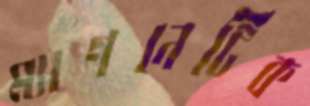
ম্যাগনেটিক